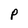
Character: P